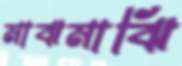
মাঝমাঝি